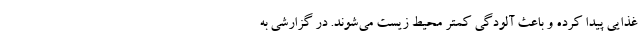
غذایی پیدا کرده و باعث آلودگی کمتر محیط زیست می‌شوند. در گزارشی به